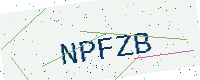
Text: NPFZB